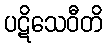
ပဋိသေဝီတိ